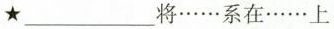
★ ___ 将……系在……上